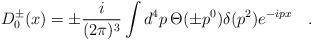
LaTeX: \begin{align*}D_0^{\pm}(x)=\pm \frac{i}{(2 \pi)^3} \int d^4 p \, \Theta(\pm p^0)\delta(p^2) e^{-ipx} \quad .\end{align*}